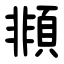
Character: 䫍